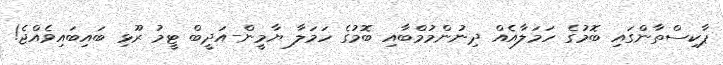
ޕާކިސްތާންގައި ބޮމުގެ ހަމަލާއެއް ދިނުންމުމްބާއި ބޮމުގެ ހަމަލާ ޔާމީން-އަދީބް ޓީމު ރޫޅި ބައިބައިވެއްޖެ!